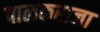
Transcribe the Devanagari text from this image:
पालकराजा